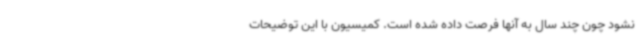
نشود چون چند سال به آنها فرصت داده شده است. کمیسیون با این توضیحات